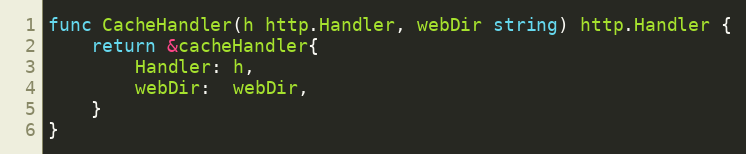
Language: Go
func CacheHandler(h http.Handler, webDir string) http.Handler {
	return &cacheHandler{
		Handler: h,
		webDir:  webDir,
	}
}